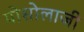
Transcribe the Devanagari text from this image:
पोसोलाजी